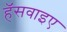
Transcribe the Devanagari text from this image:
हॅसवाइए